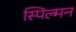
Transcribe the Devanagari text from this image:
स्पिल्मन